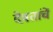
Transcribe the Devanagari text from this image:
देवतांचें